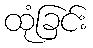
ထုံခြင်း